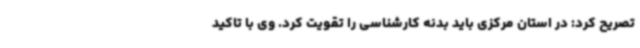
تصریح کرد: در استان مرکزی باید بدنه کارشناسی را تقویت کرد. وی با تاکید